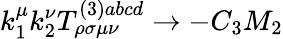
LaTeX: k_{1}^{\mu}k_{2}^{\nu}T_{\rho\sigma\mu\nu}^{(3)abcd}\rightarrow-C_{3}M_{2}